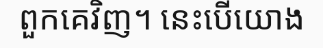
ពួកគេវិញ។ នេះបើយោង